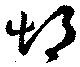
悒